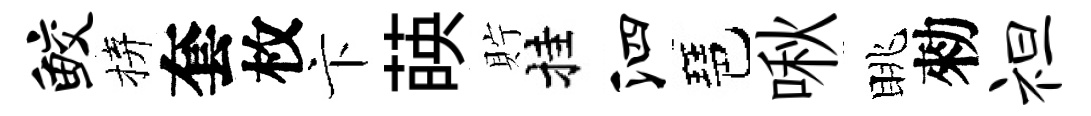
鲛拚套枚卞𦴤貯挂泗琶啾眺勑袒